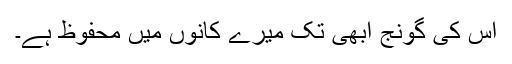
اس کی گونج ابھی تک میرے کانوں میں محفوظ ہے۔